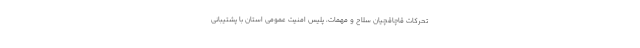
تحرکات قاچاقچیان سلاح و مهمات، پلیس امنیت عمومی استان با پشتیبانی